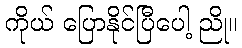
ကိုယ် ပြောနိုင်ပြီပေါ့ ညို။